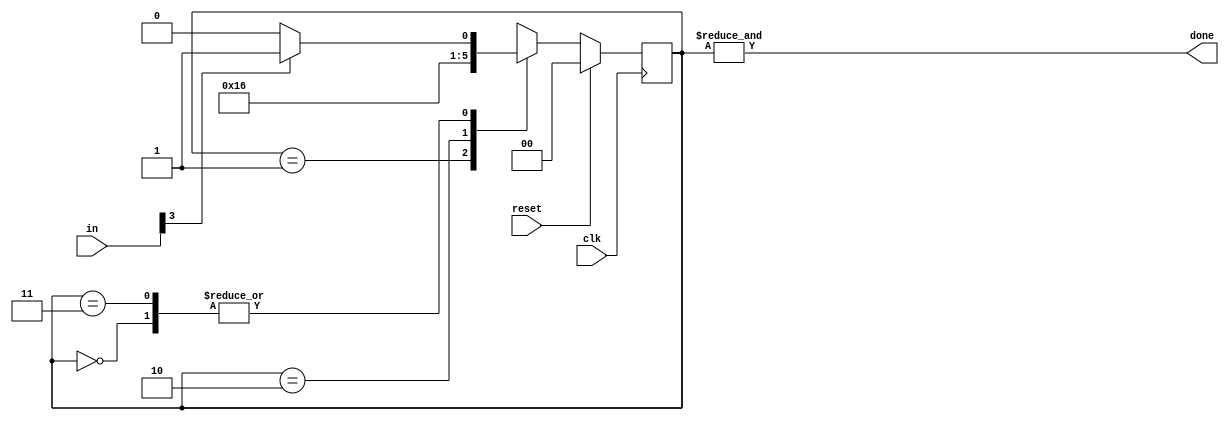
module top_module(
    input clk,
    input [7:0] in,
    input reset,    // Synchronous reset
    output done); //
    
    parameter A=0, B=1, C=2, D=3;
    reg [1:0] ps, ns;

    // State transition logic (combinational)
    always@(*)begin
        case(ps)
            A: ns = in[3] ? B : A;
            B: ns = C;
            C: ns = D;
            D: ns = in[3] ? B : A;
        endcase
    end
    
    // State flip-flops (sequential)
    always@(posedge clk)begin
        if(reset)
            ps <= A;
    	else
            ps <= ns;
    end
    
    // Output logic
    assign done = &ps;
    
endmodule